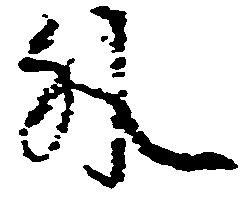
外